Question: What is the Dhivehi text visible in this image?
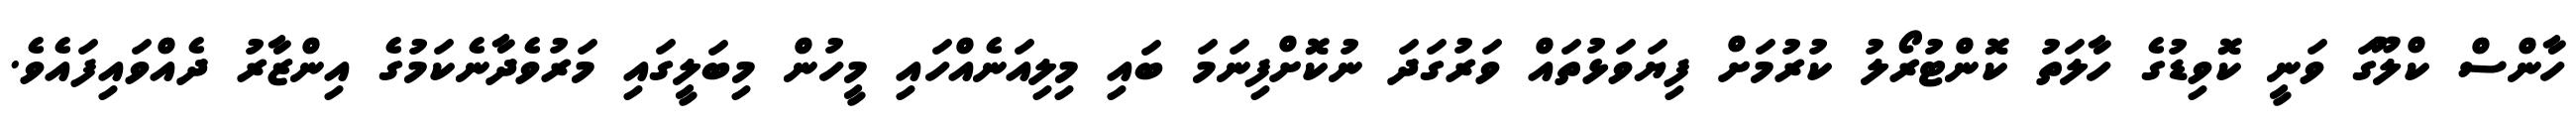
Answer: ހާންސް ކްލޫގަ ވަނީ ކޮވިޑުގެ ހާލަތު ކޮންޓުރޯލު ކުރުމަށް ފިޔަވަޅުތައް ވަރުގަދަ ނުކޮށްފިނަމަ ބައި މިލިއަނެއްހައި މީހުން މިބަލީގައި މަރުވެދާނެކަމުގެ އިންޒާރު ދެއްވައިފައެވެ.